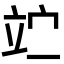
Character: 𥩟